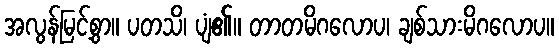
အလွန်မြင့်စွာ။ ပတသိ၊ ပျံ၏။ တာတမိဂလောပ၊ ချစ်သားမိဂလောပ။